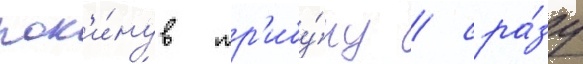
пок'и́нув тр'ибу́ну / сра́зу